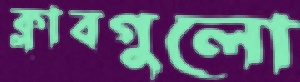
ক্লাবগুলো